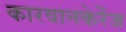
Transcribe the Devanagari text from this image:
कारवानकेरेंज